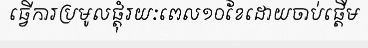
ធ្វើការប្រមូលផ្តុំរយៈពេល១០ខែដោយចាប់ផ្តើម